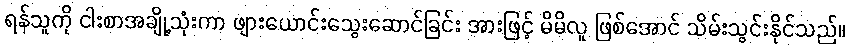
ရန်သူကို ငါးစာအချို့သုံးကာ ဖျားယောင်းသွေးဆောင်ခြင်း အားဖြင့် မိမိလူ ဖြစ်အောင် သိမ်းသွင်းနိုင်သည်။